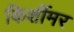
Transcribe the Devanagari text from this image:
किर्शीमर